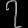
Digit: ၇